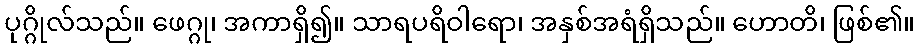
ပုဂ္ဂိုလ်သည်။ ဖေဂ္ဂု၊ အကာရှိ၍။ သာရပရိဝါရော၊ အနှစ်အရံရှိသည်။ ဟောတိ၊ ဖြစ်၏။